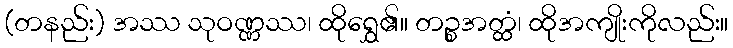
(တနည်း) အဿ သုဝဏ္ဏဿ၊ ထိုရွှေ၏။ တဉ္စအတ္ထံ၊ ထိုအကျိုးကိုလည်း။